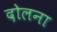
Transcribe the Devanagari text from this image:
दोलना